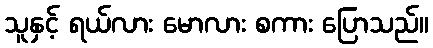
သူနှင့် ရယ်လား မောလား စကား ပြောသည်။